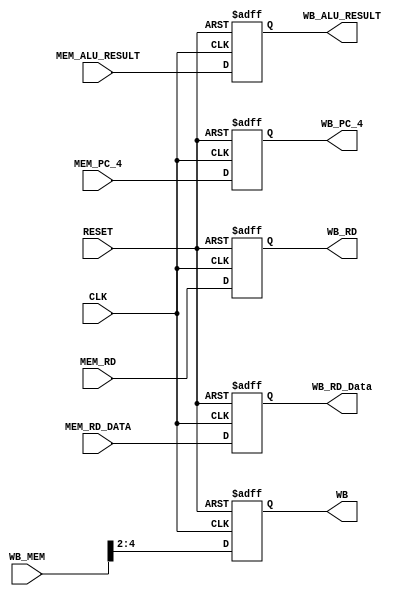
module MEMWB_Reg (
	input CLK,
	input RESET,
	input [4:0] WB_MEM,
    //input [5:0] MEM_Opcode,
    input [31:0] MEM_ALU_RESULT,
    input [31:0] MEM_RD_DATA,
    input [4:0] MEM_RD,
    input [31:0] MEM_PC_4,
    output reg [2:0] WB,
    //output reg [5:0] WB_Opcode,
    output reg [31:0] WB_ALU_RESULT,
    output reg [31:0] WB_RD_Data,
    output reg [4:0] WB_RD,
    output reg [31:0] WB_PC_4
);

	always @(posedge CLK or posedge RESET) begin
    if (RESET) begin
        // Reset all registers
        WB <= 2'b0;
        //WB_Opcode <= 6'b0;
        WB_ALU_RESULT <= 32'd0;
        WB_RD_Data <= 32'd0;
        WB_RD <= 5'b0;
        WB_PC_4 <= 32'd0;
    end else begin
        // Transfer values from input to output registers
        WB <= WB_MEM[4:2];
        //WB_Opcode <= MEM_Opcode;
        WB_ALU_RESULT <= MEM_ALU_RESULT;
        WB_RD_Data <= MEM_RD_DATA;
        WB_RD <= MEM_RD;
        WB_PC_4 <= MEM_PC_4;
    end
end

endmodule